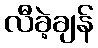
လီခဲ့ချန်